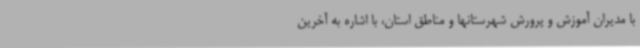
با مدیران آموزش و پرورش شهرستانها و مناطق استان، با اشاره به آخرین